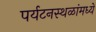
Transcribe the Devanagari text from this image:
पर्यटनस्थळांमध्ये